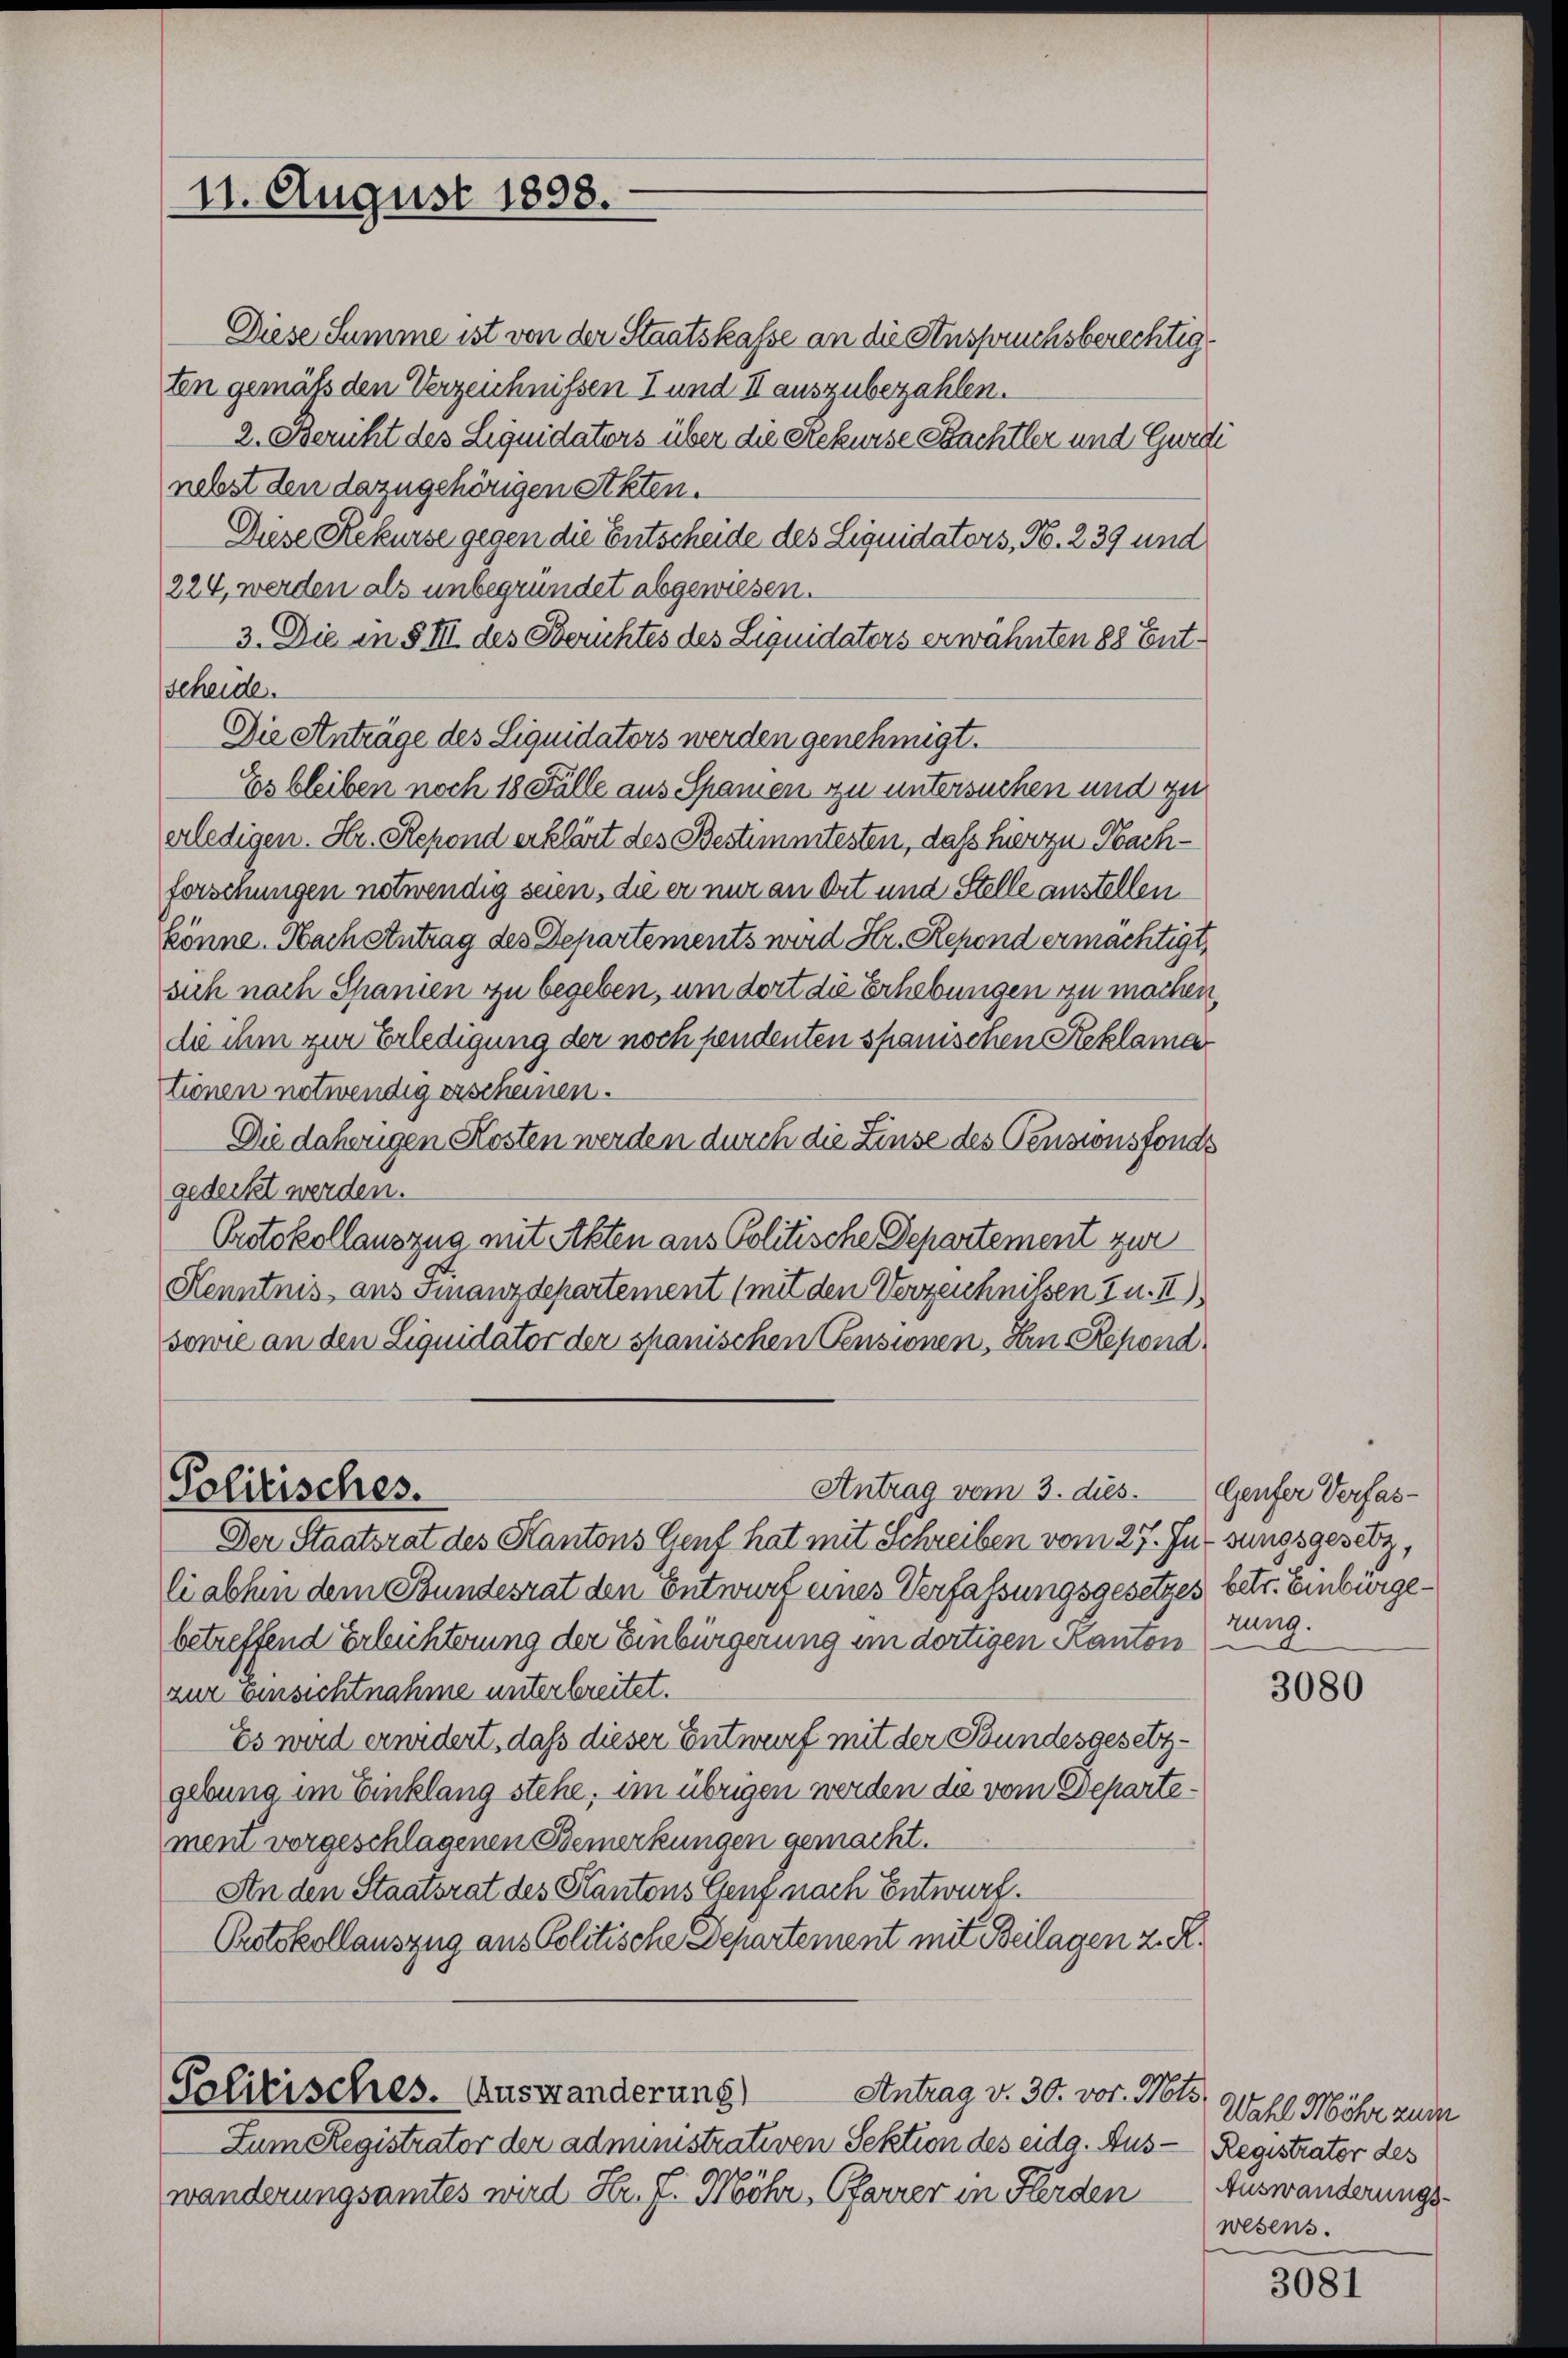
11. August 1898.

Diese Summe ist von der Staatskasse an die Anspruchsberechtigten gemäß den Verzeichnissen I und II auszubezahlen.
2. Bericht des Liquidators über die Rekurse Bachtler und Gurdi
nebst den dazugehörigen steten.
Diese Rekurse gegen die Entscheide des Liquidators, N. 239 und
224, werden als unbegründet abgewiesen.
3. Die in § III des Berichtes des Liquidaters erwähnten 88 Entscheide.
Die Anträge des Liquidators werden genehmigt.
Es bleiben noch 18 Fälle aus Spanien zu untersuchen und zu
erledigen. Hr. Repond erklärt des Bestimmtesten, daß hier zu Nachforschungen notwendig seien, die er nur an Ort und Stelle anstellen
könne. Nach Antrag des Departements wird Hr. Repend ermächtigt,
sich nach Spanien zu begeben, um dort die Erhebungen zu machen,
die ihm zur Erledigung der noch pendenten spanischen Reklama
tionen notwendig erscheinen.
Die daherigen Kosten werden durch die Zinse des Pensionsfonds
gedeckt werden.
Protokollauszua mit Akten aus Politische Departement zur
Henntnis aus Finanzdepartement (mit den Verzeichnissen 5 u. II)
sowie an den Liquidator der spanischen Pensionen, Hrn. Repond
Politisches.
Antrag vom 3. dies. Genfer Verfas¬
Der Staatsrat des Kantons Genf hat mit Schreiben vom 27. Ju- sungsgesetz,
li abhin dem Bundesrat den Entwurf eines Verfassungsgesetzes betr. Einbürgebetreffend Erleichterung der Einbürgerung im dortigen Kanton
zur Einsichtnahme unterbreitet.
Es wird erwidert, daß dieser Entwurf mit der Bundesgesetzgebung im Einklang stehe; im übrigen werden die vom Departement vorgeschlagenen Bemerkungen gemacht.
An den Staatsrat des Kantons Genf nach Entwurf.
Protokollauszug aus Politische Departement mit Beilagen z. R.

Antrag v. 30. vor. Mts.
Politisches. Auswanderung)

Zum Registrator der administrativen Sektion des eidg. Aus - Registrator des
n
wänderungsamtes wird Hr. J. Mohr, Pfarrer in Herden

zung.

3080

Wahl Möhr zum
Auswanderungs-
wesens.

3081